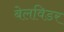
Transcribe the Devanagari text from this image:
बेलविडर